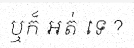
ឬក៏ អត់ ទេ ?